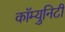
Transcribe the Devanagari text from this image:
कॉम्‍युनिटी